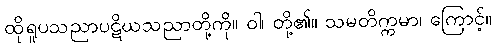
ထိုရူပသညာပဋိဃသညာတို့ကို။ ဝါ၊ တို့၏။ သမတိက္ကမာ၊ ကြောင့်။